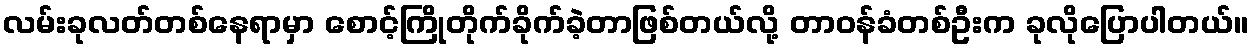
လမ်းခုလတ်တစ်နေရာမှာ စောင့်ကြိုတိုက်ခိုက်ခဲ့တာဖြစ်တယ်လို့ တာဝန်ခံတစ်ဦးက ခုလိုပြောပါတယ်။